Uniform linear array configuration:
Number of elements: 24
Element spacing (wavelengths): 1
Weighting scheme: hamming
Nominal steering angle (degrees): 15
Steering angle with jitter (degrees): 15.483
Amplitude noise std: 0.05
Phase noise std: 0.05

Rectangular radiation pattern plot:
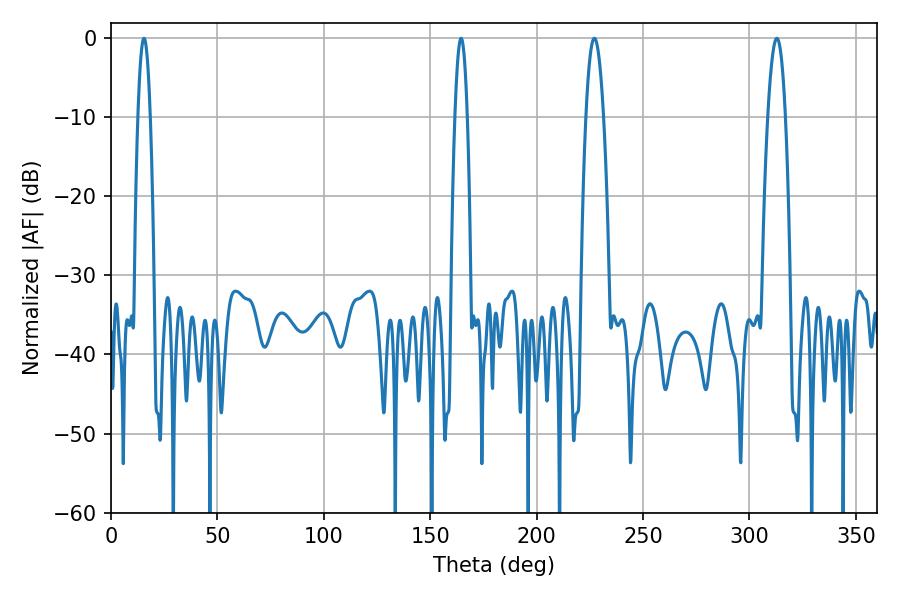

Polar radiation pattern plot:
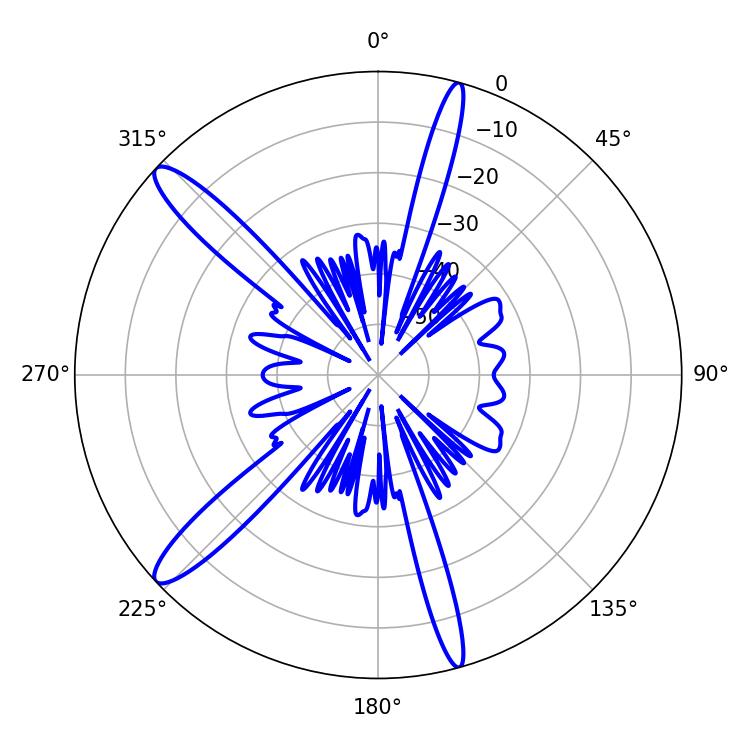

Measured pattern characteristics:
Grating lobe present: TRUE
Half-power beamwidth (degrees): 3.24
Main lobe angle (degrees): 15.48